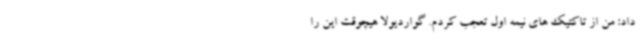
داد: من از تاکتیک های نیمه اول تعجب کردم. گواردیولا هیچوقت این را